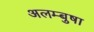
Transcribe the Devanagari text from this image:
अलम्बुषा